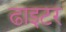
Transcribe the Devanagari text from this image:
ढाइटर